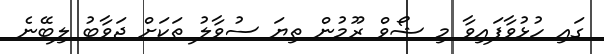
ގައި ހުޅުވާފައިވާ މި ޝޯވް ރޫމުން ތިޔަ ސުވާލު ތަކަށް ޖަވާބު ލިބޭނެ